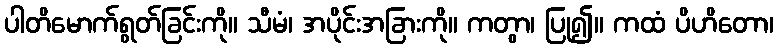
ပါတိမောက်ရွတ်ခြင်းကို။ သီမံ၊ အပိုင်းအခြားကို။ ကတွာ၊ ပြု၍။ ကထံ ပိဟိတော၊